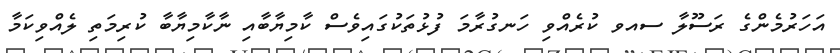
އަހަރުމެންގެ ރަސޫލާ ސއވ ކުރެއްވި ހަނގުރާމަ ފުޅުތަކުގައިވެސް ކާމިޔާބާއި ނާކާމިޔާބާ ކުރިމަތި ލެއްވިކަމާ